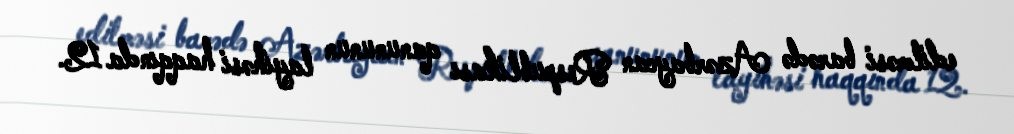
edilməsi barədə Azərbaycan Respublikası qanununun layihəsi haqqında 12.